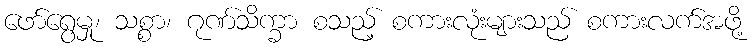
ဖော်ရွေမှု၊ သစ္စာ၊ ဂုဏ်သိက္ခာ စသည့် စကားလုံးများသည် စကားလက်အဖို့